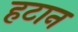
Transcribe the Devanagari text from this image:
हटान